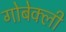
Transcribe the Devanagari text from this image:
गोबेक्ली